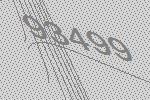
93499